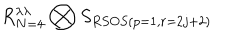
LaTeX: R _ { N = 4 } ^ { \lambda \lambda } \bigotimes S _ { R S O S ( p = 1 , r = 2 j + 2 ) }